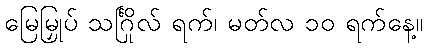
မြေမြှုပ် သင်္ဂြိုလ် ရက်၊ မတ်လ ၁၀ ရက်နေ့။